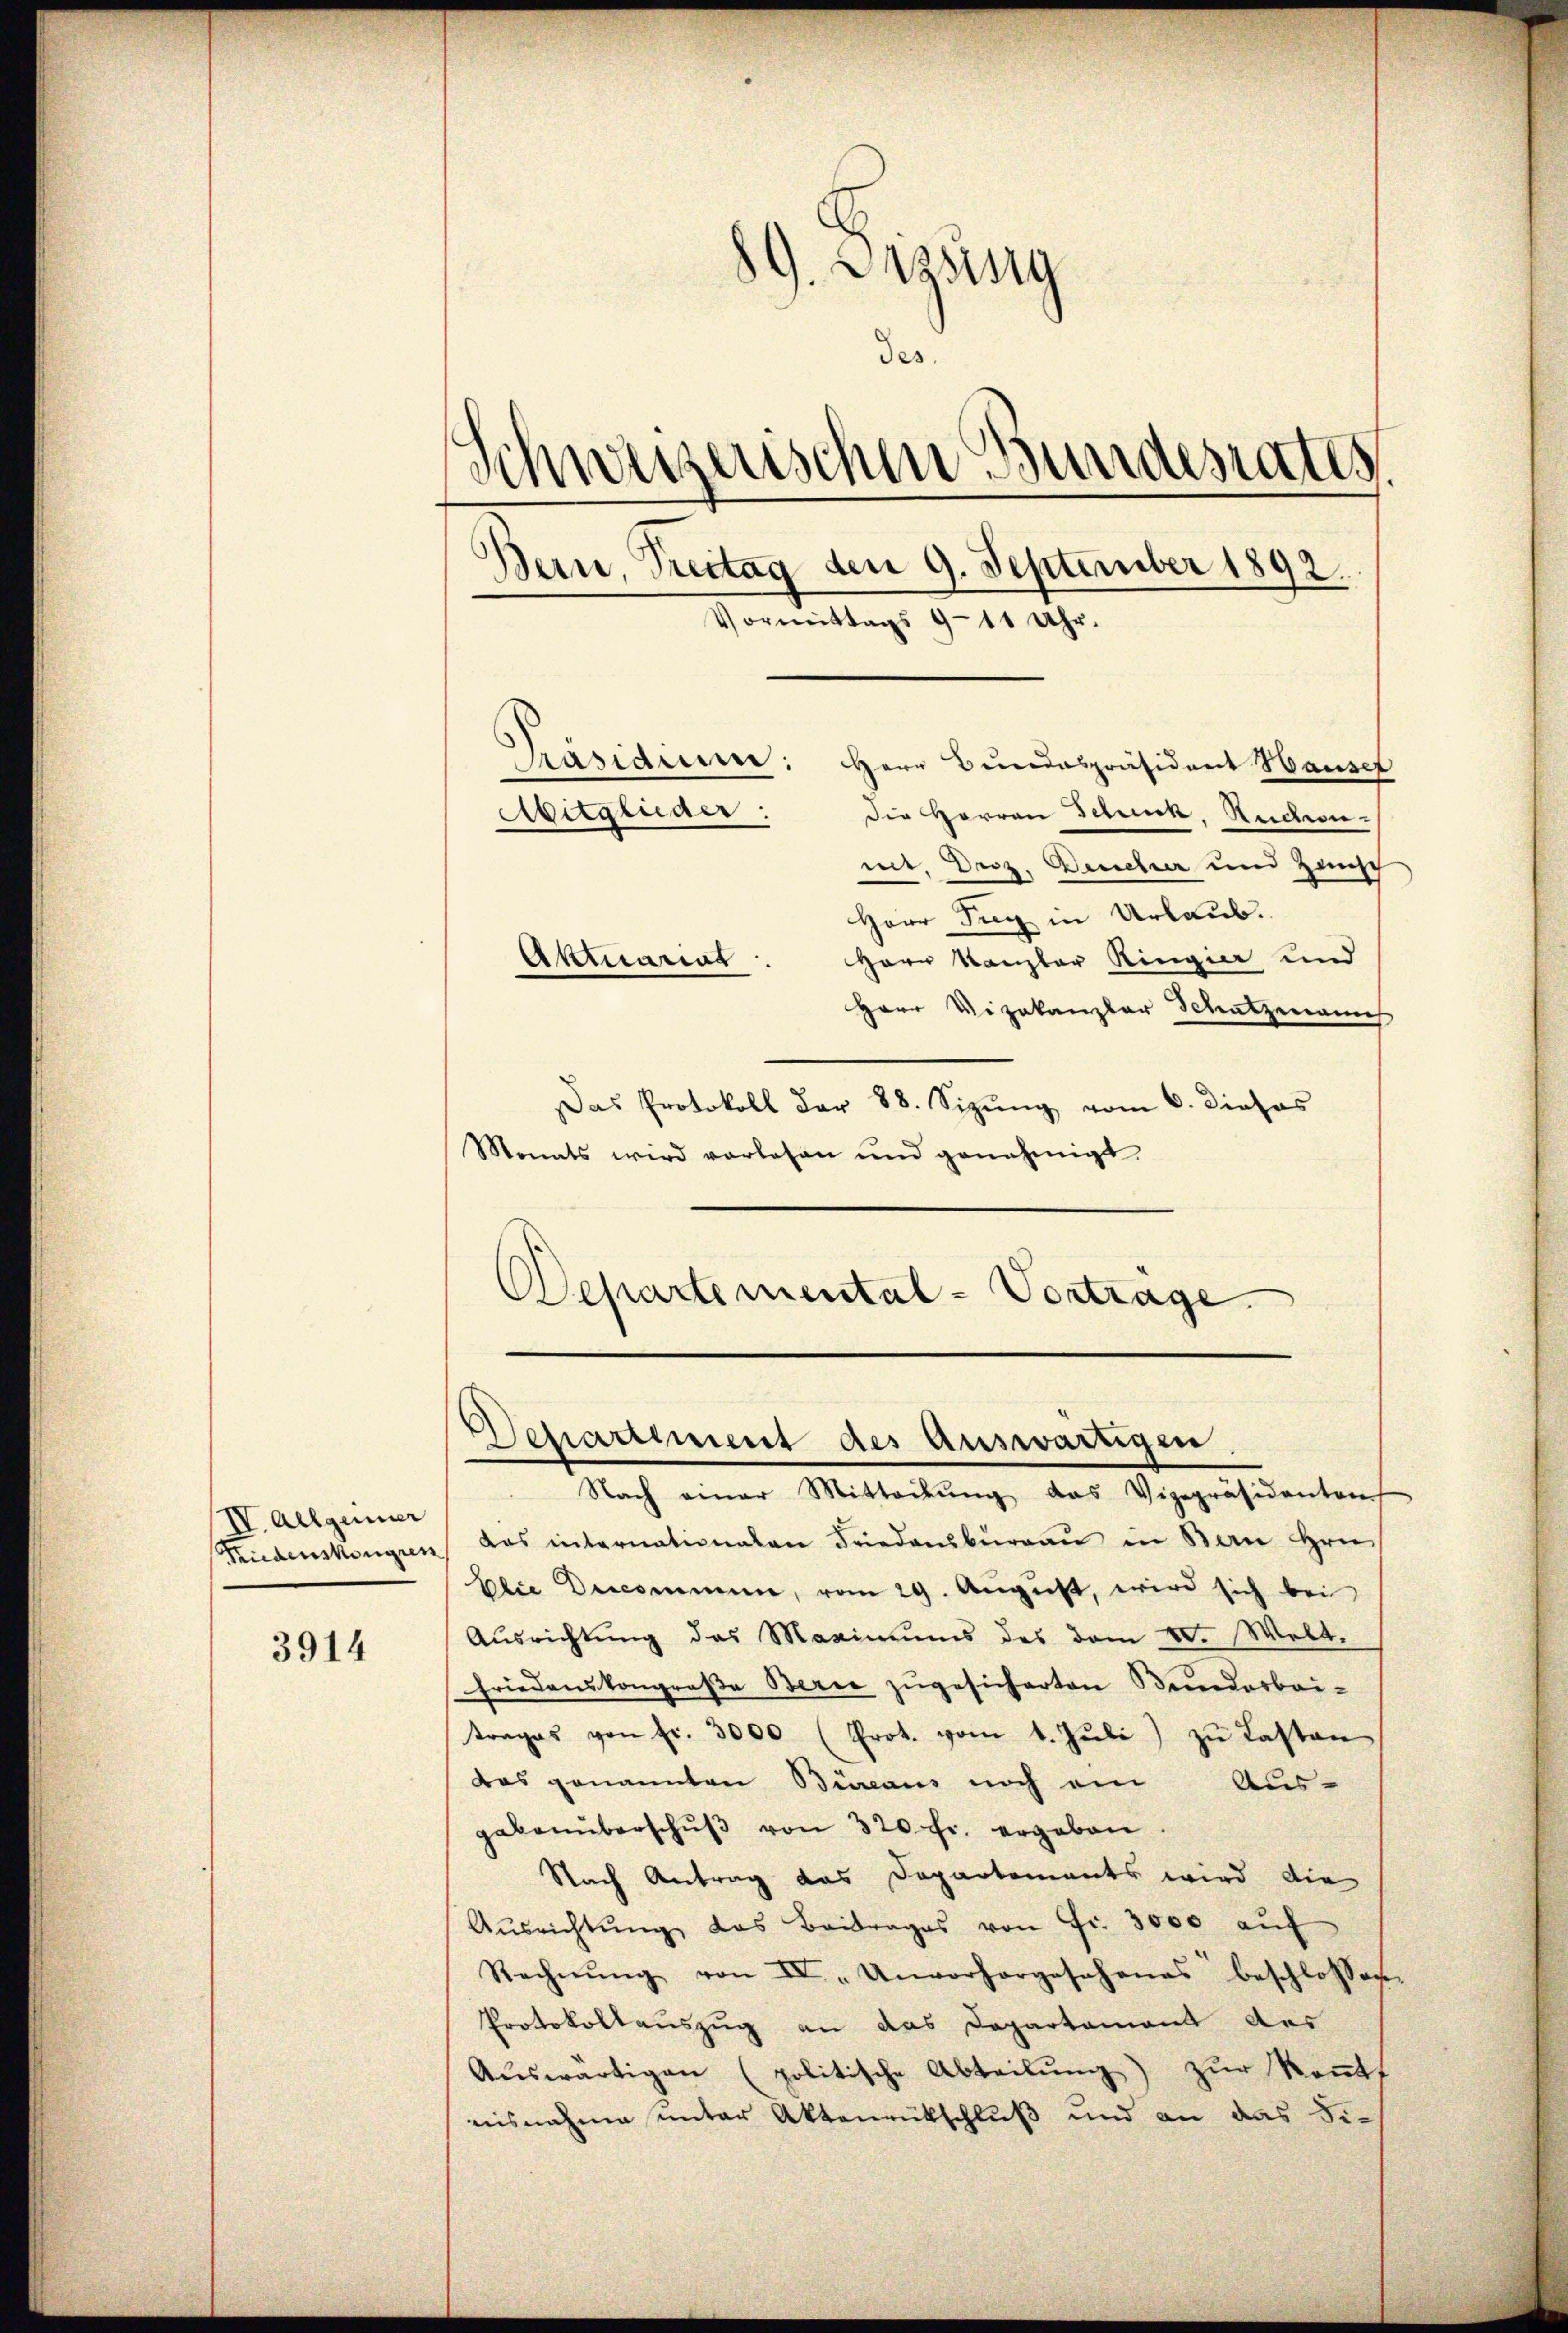
IV. Allgemer

3914

89. Lessing
des.
Schweizerischen Bundesrates
Bern, Treitag den 9. September 1892.
Vormittags 9-11 Uhr.

Herr Bundespräsident Hauser
Der Herren Schick, Ruchenmit, Droz. Benehrer und Hinsch
Herr Tug in Urlaub.
Herr Kanzler Ringier und
Aktuariat
Herr Vizekanzler Schatzmanns
Das Protokoll dar 88. Sizŭng vom 6. dieses
Monats wird vorlesen und genehmigt
Departemental-Vorträge

Präsidium:

Mitglieder:

Departiment des Auswärtigen

Nach einer Mitteilŭng das Vizepräsidenten
Friedenskongren, das internationalen Friedasbŭrgaŭ in Bern Hrn.
Elie Decommen, vom 29. August, wird sich bei
Ausrichtung des Maximums des vom 20. Welt.
friedenskongroβe Berne zugesicherten Bundesbeitrages von Fr. 3000 (Prot. vom 1. Jŭli zŭ lasten
das genannten Büreaus noch ein Aus-
gebenüberschŭβ von 320 fr. ergeben
Nach Antrag das Departements wird die
Aŭsrichtŭng das Beitrages von Fr. 3000 aŭf
Rechnŭng von IV „Unvorhergeschanas beschlossen.
Protokollauszug an das Departament des
Aŭswärtigen (politische Abteilŭng zŭr Keṅtt
nisnahme unter Aktenrückschluß und an das Fi¬